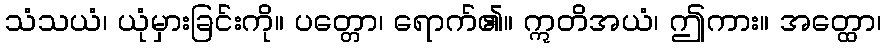
သံသယံ၊ ယုံမှားခြင်းကို။ ပတ္တော၊ ရောက်၏။ ဣတိအယံ၊ ဤကား။ အတ္ထော၊